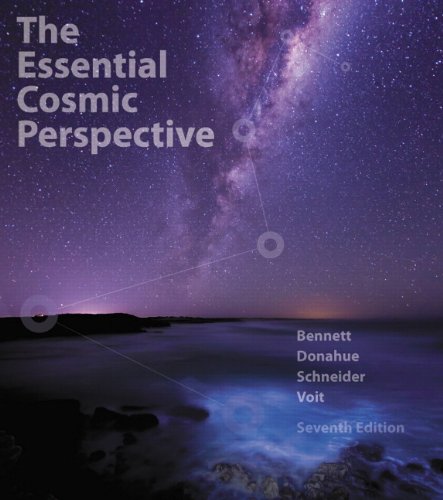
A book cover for Essential Cosmic Perspective Plus MasteringAstronomy with eText, The -- Access Card Package (7th Edition) (Bennett Science & Math Titles); Jeffrey O. Bennett; Science & Math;